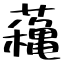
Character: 蘒